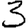
Digit: 3